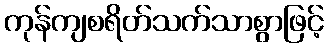
ကုန်ကျစရိတ်သက်သာစွာဖြင့်